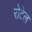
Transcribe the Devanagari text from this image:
रोटेल